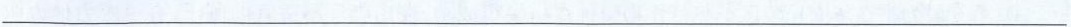
___